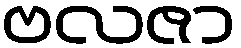
ဗလဇာ